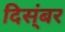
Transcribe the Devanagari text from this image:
दिस्ंबर